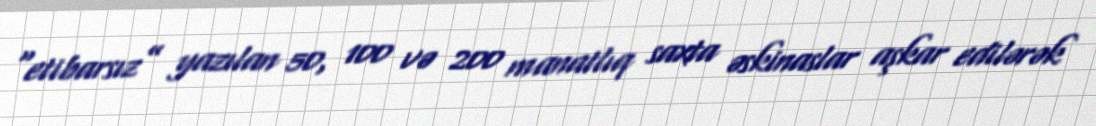
“etibarsız” yazılan 50, 100 və 200 manatlıq saxta əskinaslar aşkar edilərək